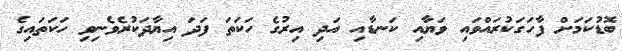
ބޮޑުކަމަށް ފާހަގަކުރައްވައި ވަޔާއި ކަނޑާއި އަދި އިރުގެ ހަކަތަ ފަދަ އިޔާދަކުރެވެނިވި ހަކަތައިގެ